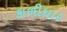
કાળીધાર